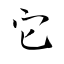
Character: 它